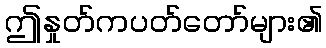
ဤနှုတ်ကပတ်တော်များ၏